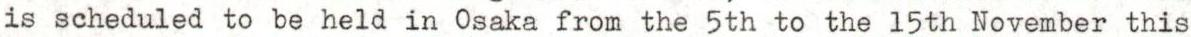
is scheduled to be held in Osaka from the 5th to the 15th November this